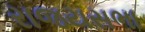
રાજયસભા